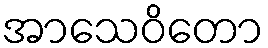
အာသေဝိတော